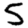
Digit: 5